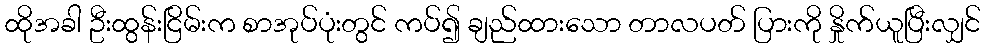
ထိုအခါ ဦးထွန်းငြိမ်းက စာအုပ်ပုံးတွင် ကပ်၍ ချည်ထားသော တာလပတ် ပြားကို နှိုက်ယူပြီးလျှင်